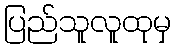
ပြည်သူလူထုမှ